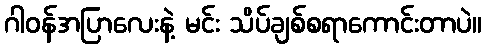
ဂါဝန်အပြာလေးနဲ့ မင်း သိပ်ချစ်စရာကောင်းတာပဲ။